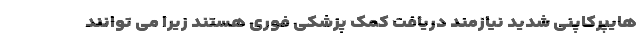
هایپرکاپنی شدید نیازمند دریافت کمک پزشکی فوری هستند زیرا می توانند